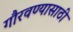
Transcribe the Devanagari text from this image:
गौरवण्यासाठी